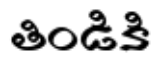
తిండికి